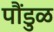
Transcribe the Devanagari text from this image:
पौंडुळ